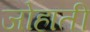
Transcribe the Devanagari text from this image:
जोहाती